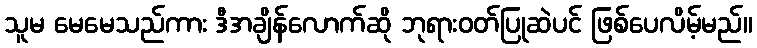
သူမ မေမေသည်ကား ဒီအချိန်လောက်ဆို ဘုရားဝတ်ပြုဆဲပင် ဖြစ်ပေလိမ့်မည်။